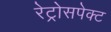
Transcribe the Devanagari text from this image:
रेट्रोसपेक्ट